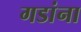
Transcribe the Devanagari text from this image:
गडांना